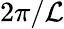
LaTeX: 2\pi/\mathcal{L}